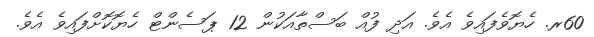
60ރ. ހެޔޮވެފައިވެ އެވެ. އަދި ފުއް ބަސްތާއަކުން 12 ޕަސެންޓް ހެޔޮކޮށްފައިވެ އެވެ.